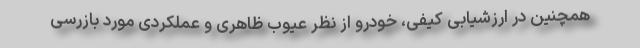
همچنین در ارزشیابی کیفی، خودرو از نظر عیوب ظاهری و عملکردی مورد بازرسی